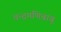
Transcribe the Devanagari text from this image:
चन्द्रमणिबाबु